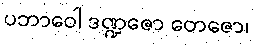
ပဘာဝေါ ဒဏ္ဍဇော တေဇော၊